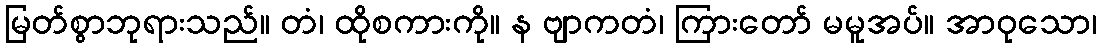
မြတ်စွာဘုရားသည်။ တံ၊ ထိုစကားကို။ န ဗျာကတံ၊ ကြားတော် မမူအပ်။ အာဝုသော၊